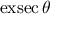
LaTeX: \operatorname { e x s e c } \theta